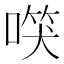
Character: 𠺑